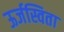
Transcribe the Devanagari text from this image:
ऊर्जस्विता